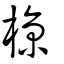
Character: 椋